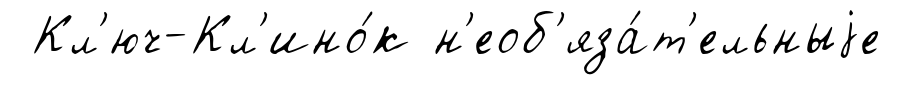
Кл'юч-Кл'ино́к н'еоб'яза́т'ельныjе